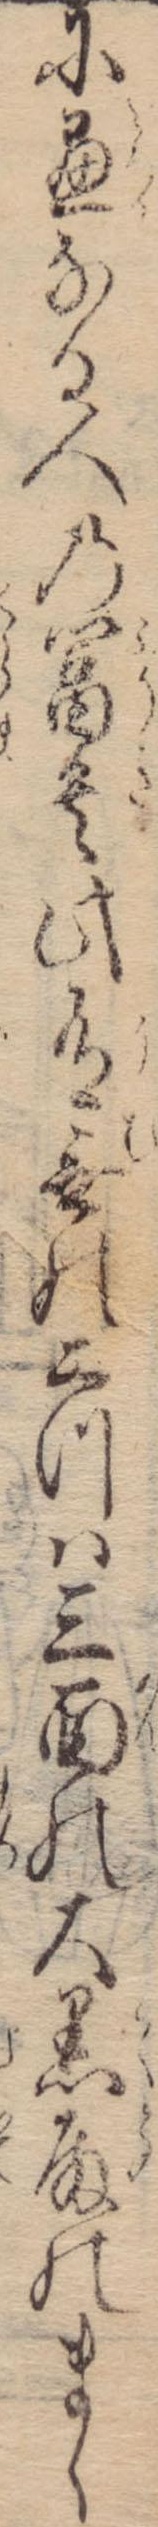
に愚なる人の富貴此有無の二つは三面の大黒殿のまゝ